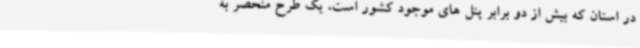
در استان که بیش از دو برابر پنل های موجود کشور است، یک طرح منحصر به